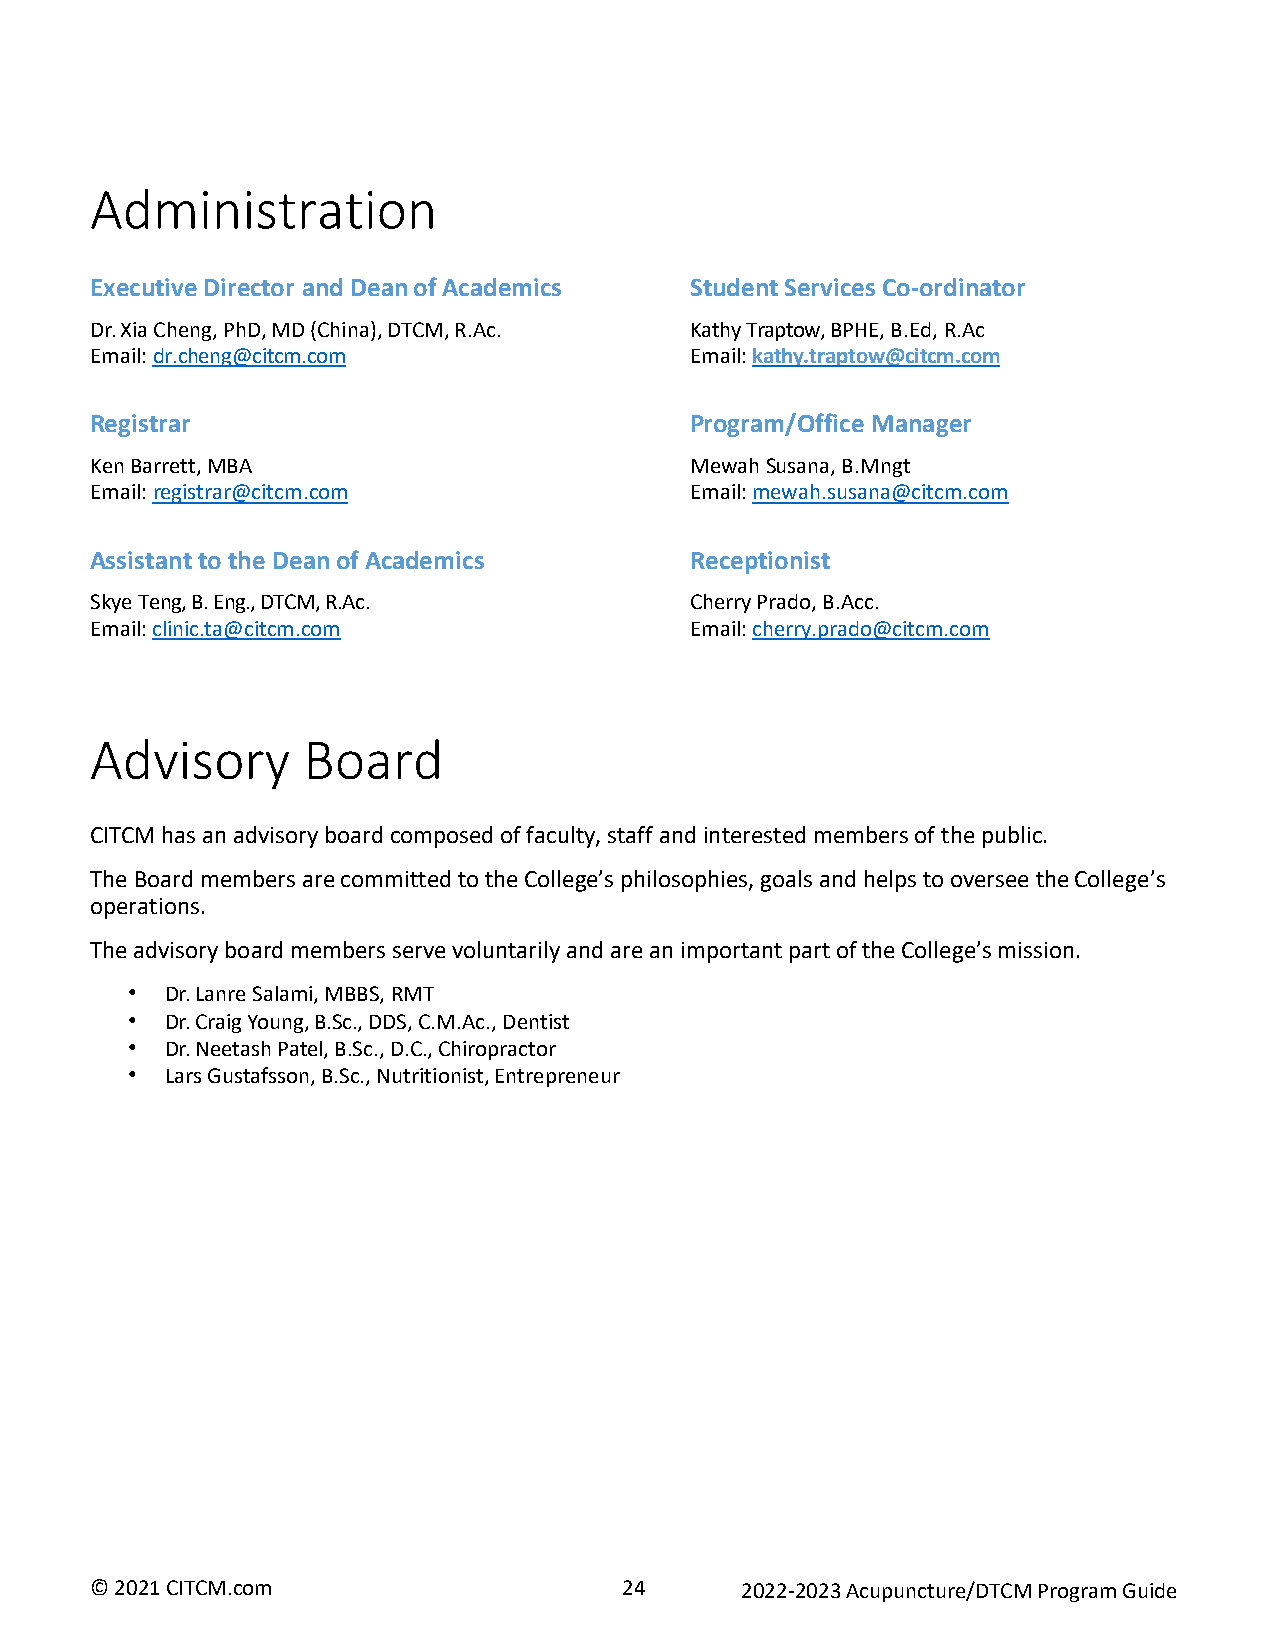
Administration
 Executive Director and Dean of Academics Student Services Co-ordinator
 Dr. Xia Cheng, PhD, MD (China), DTCM, R.Ac. Kathy Traptow, BPHE, B.Ed, R.Ac
 Email: dr.cheng@citcm.com               Email: kathy.traptow@citcm.com
 Registrar                               Program/Office Manager
 Ken Barrett, MBA                        Mewah Susana, B.Mngt
 Email: registrar@citcm.com              Email: mewah.susana@citcm.com
 Assistant to the Dean of Academics      Receptionist
 Skye Teng, B. Eng., DTCM, R.Ac.         Cherry Prado, B.Acc.
 Email: clinic.ta@citcm.com              Email: cherry.prado@citcm.com
 Advisory      Board
 CITCM has an advisory board composed of faculty, staff and interested members of the public.
 The Board members are committed to the College’s philosophies, goals and helps to oversee the College’s
 operations.
 The advisory board members serve voluntarily and are an important part of the College’s mission.
 •  Dr. Lanre Salami, MBBS, RMT
 •  Dr. Craig Young, B.Sc., DDS, C.M.Ac., Dentist
 •  Dr. Neetash Patel, B.Sc., D.C., Chiropractor
 •  Lars Gustafsson, B.Sc., Nutritionist, Entrepreneur
 © 2021 CITCM.com                   24      2022-2023 Acupuncture/DTCM Program Guide